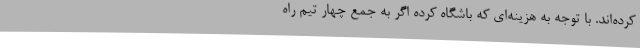
کرده‌اند. با توجه به هزینه‌ای که باشگاه کرده اگر به جمع چهار تیم راه‌